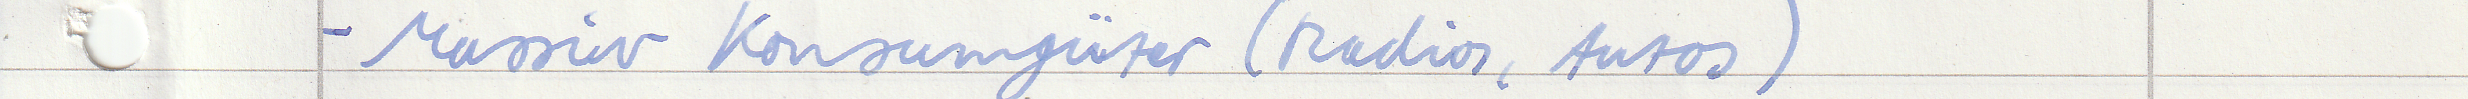
- Massiv Konsumgüter (Radios, Autos)